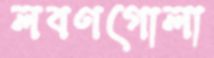
লবণগোলা